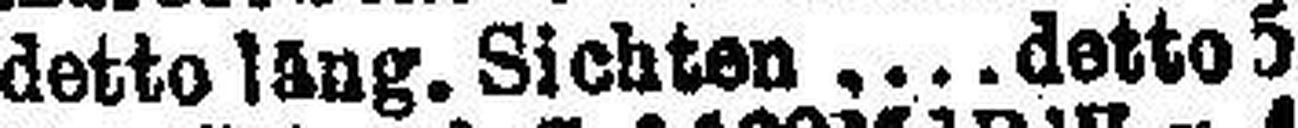
detto läng. Sichten detto 5